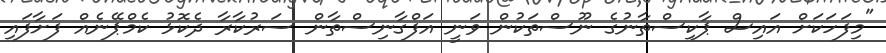
"މިފަހަކަށް އައިސް ޕާކިސްތާނުގެ ނޫސްތަކުން ވަނީ އަފްގާނިސްތާން ސަރުކާރާ ދެކޮޅު ކެމްޕޭނެއް ފަށާފައި